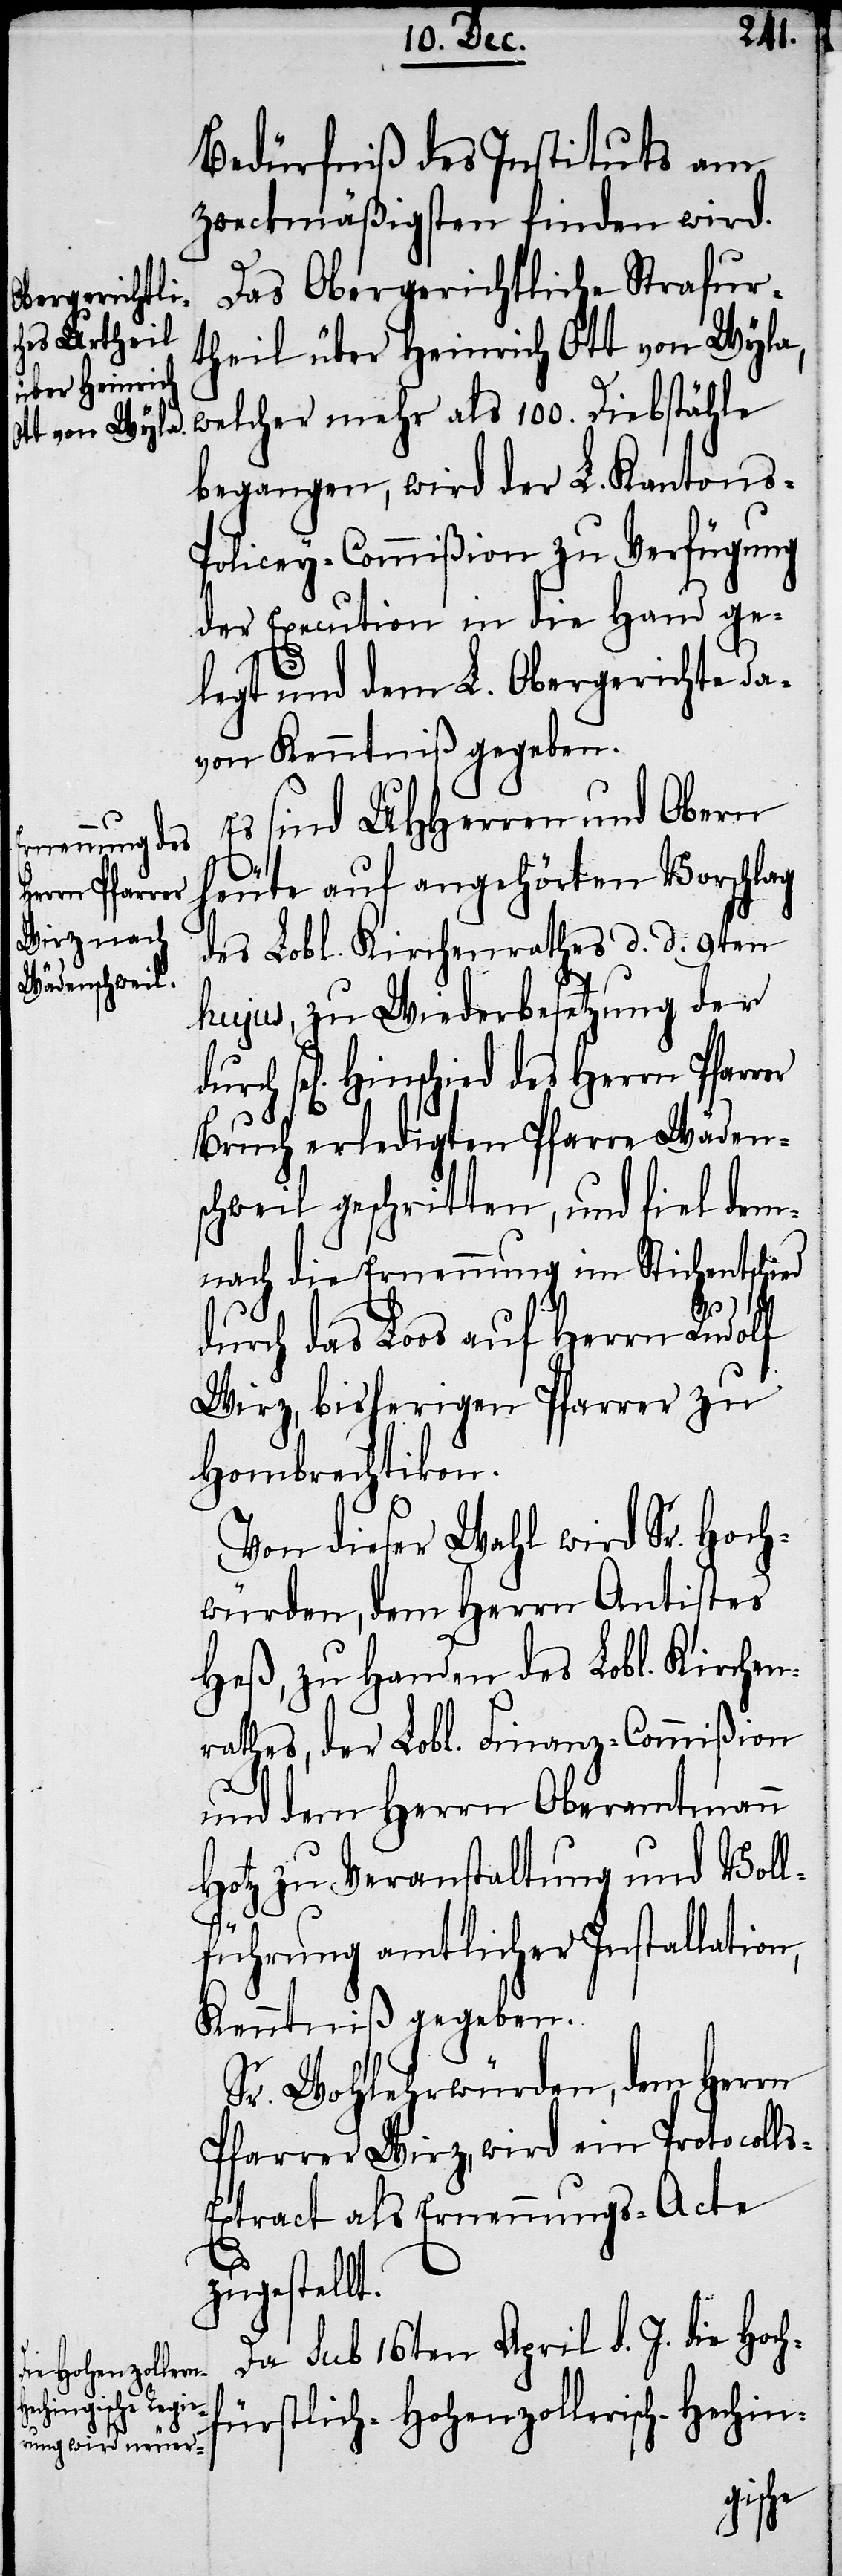
Herrn Pfarrer

s-E¬
Bedürfniß des Instituts am
zweckmäßigsten finden wird.
Das Obergerichtliche Strafur¬
theil über Heinrich Ott von Wyla,
welcher mehr als 100. Diebstähle
begangen, wird der L. Kantons-P¬
olicey-Commißion zu Verfügung
der Execution in die Hand ge¬
legt und dem L. Obergerichte da¬
von Kenntniß gegeben.
Es sind UHHerren und Obern
heute auf angehörten Vorschlag
des Lobl. Kirchenrathes d. d. 9ten
hujus, zu Wiederbesetzung der
Bruch erledigten Pfarre Wäden¬
schweil geschritten, und fiel dem¬
nach die Ernennung im Stichentschied
des
durch das Loos auf Herrn Rudolf
Wirz, bisherigen Pfarrer zu
Hombrechtikon.
Von dieser Wahl wird Sr. Hoch¬
würden, dem Herrn Antistes
Heß, zu Handen des Lobl. Kirchen¬
rathes, der Lobl. Finanz-Commißion
und dem Herrn Oberamtmann
Hotz zu Veranstaltung und Voll¬
führung amtlicher Installation,
Kenntniß gegeben.
Sr. Wohlehrwürden, dem Herrn
Pfarrer Wirz, wird ein Protocoll¬
xtract als Ernennungs-Acte
zugestellt.
Da sub 16ten April d. J. die Hoch¬
fürstlich-Hohenzollerisch-Hechin-